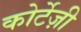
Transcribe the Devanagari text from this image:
कोर्टेज़ी